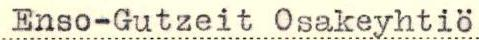
Enso-Gutzeit Osakeyhtiö